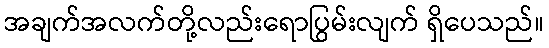
အချက်အလက်တို့လည်းရောပြွမ်းလျက် ရှိပေသည်။